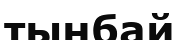
тынбай